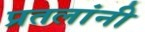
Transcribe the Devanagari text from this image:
प्रतलांनी